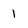
Character: 1